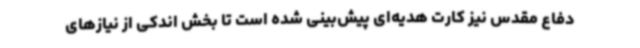
دفاع مقدس نیز کارت هدیه‌ای پیش‌بینی شده است تا بخش اندکی از نیازهای